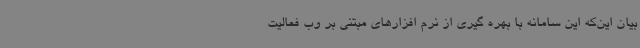
بیان این‌که این سامانه با بهره گیری از نرم افزارهای مبتنی بر وب فعالیت